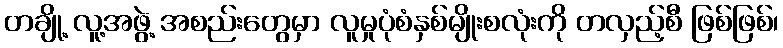
တချို့ လူ့အဖွဲ့ အစည်းတွေမှာ လူမှုပုံစံနှစ်မျိုးစလုံးကို တလှည့်စီ ဖြစ်ဖြစ်၊